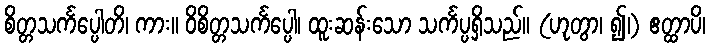
စိတ္တသင်္ကပ္ပေါတိ၊ ကား။ ဝိစိတ္တသင်္ကပ္ပေါ၊ ထူးဆန်းသော သင်္ကပ္ပရှိသည်။ (ဟုတွာ၊ ၍၊) ဧတ္ထာပိ၊